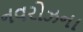
નવરોઝના